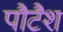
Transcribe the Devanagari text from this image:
पौटैश